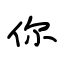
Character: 你